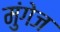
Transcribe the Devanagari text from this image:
मुंगेज